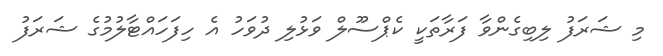
މި ޝަރަފު ލިބިގެންވާ ފަރާތަކީ ކެޕްސޫލް ވަޅުލި ދުވަހު އެ ހިފަހައްޓާލުމުގެ ޝަރަފު